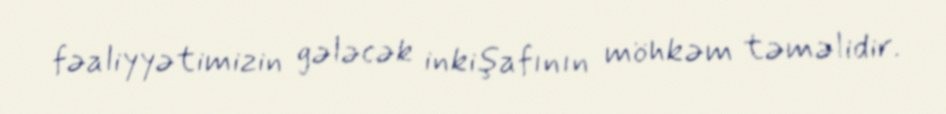
fəaliyyətimizin gələcək inkişafının möhkəm təməlidir.